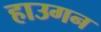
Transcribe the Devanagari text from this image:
हाउगन